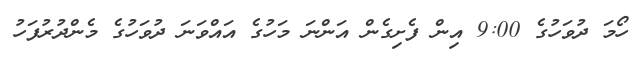
ހޯމަ ދުވަހުގެ 9:00 އިން ފެށިގެން އަންނަ މަހުގެ އައްވަނަ ދުވަހުގެ މެންދުރުފަހު